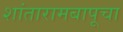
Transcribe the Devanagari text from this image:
शांतारामबापूचा